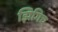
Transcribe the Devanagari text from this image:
झिगिच